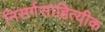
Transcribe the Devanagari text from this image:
निसर्गसाहित्यीक